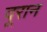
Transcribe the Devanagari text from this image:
दूरान